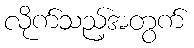
လိုက်သည့်အတွက်